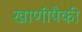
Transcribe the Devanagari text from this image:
खाणींपैकी